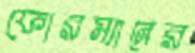
ফোরম্যানের